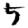
Digit: 5